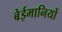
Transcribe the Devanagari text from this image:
बेईमानियों